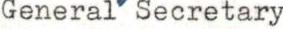
General Secretary